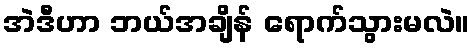
အဲဒီဟာ ဘယ်အချိန် ရောက်သွားမလဲ။